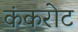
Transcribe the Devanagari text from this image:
कंकरोट